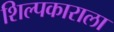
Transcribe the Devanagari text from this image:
शिल्पकाराला